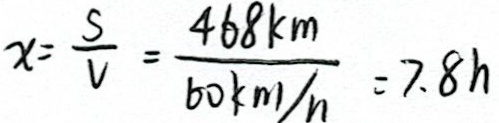
x = \frac { S } { V } = \frac { 4 6 8 k m } { 6 0 k m / h } = 7 . 8 h